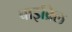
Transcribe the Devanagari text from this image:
बाइब्रिल